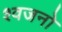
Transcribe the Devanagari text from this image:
श्वजनो